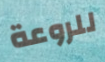
للروعة